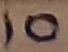
Text: 10